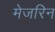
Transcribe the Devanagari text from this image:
मेजरिन